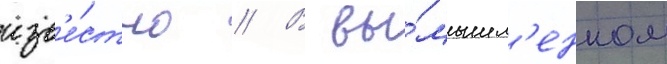
изв'е́стно // В вы́мышл'енном